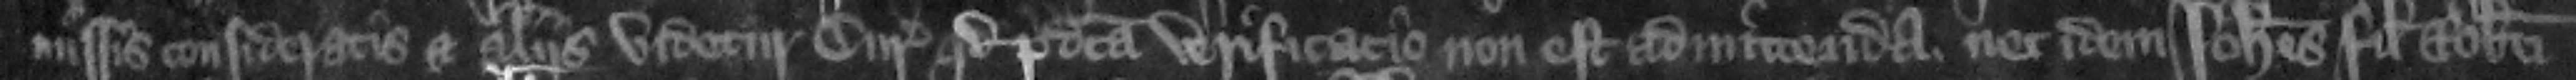
missis consideratis et aliis videtur curie quod predicta verificacio non est admittenda. Nec idem Iohannes filius Roberti